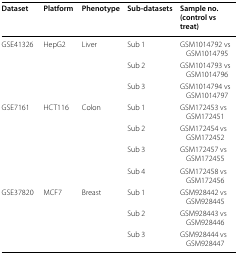
<table><thead><tr><td><b>Dataset</b></td><td><b>Platform</b></td><td><b>Phenotype</b></td><td><b>Sub-datasets</b></td><td><b>Sample no. (control vs treat)</b></td></tr></thead><tbody><tr><td rowspan="3">GSE41326</td><td rowspan="3">HepG2</td><td rowspan="3">Liver</td><td>Sub 1</td><td>GSM1014792 vs GSM1014795</td></tr><tr><td>Sub 2</td><td>GSM1014793 vs GSM1014796</td></tr><tr><td>Sub 3</td><td>GSM1014794 vs GSM1014797</td></tr><tr><td rowspan="4">GSE7161</td><td rowspan="4">HCT116</td><td rowspan="4">Colon</td><td>Sub 1</td><td>GSM172453 vs GSM172451</td></tr><tr><td>Sub 2</td><td>GSM172454 vs GSM172452</td></tr><tr><td>Sub 3</td><td>GSM172457 vs GSM172455</td></tr><tr><td>Sub 4</td><td>GSM172458 vs GSM172456</td></tr><tr><td rowspan="3">GSE37820</td><td rowspan="3">MCF7</td><td rowspan="3">Breast</td><td>Sub 1</td><td>GSM928442 vs GSM928445</td></tr><tr><td>Sub 2</td><td>GSM928443 vs GSM928446</td></tr><tr><td>Sub 3</td><td>GSM928444 vs GSM928447</td></tr></tbody></table>